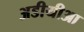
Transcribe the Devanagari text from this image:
अडीयीआ